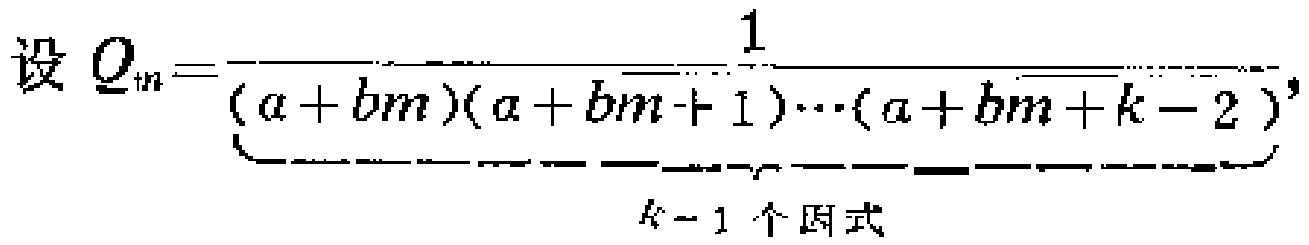
设 \(Q_{m}=\frac{1}{\underbrace{(a + bm)(a + bm + 1)\cdots(a + bm + k - 2)}_{k - 1\text{ 个因式}}}\)